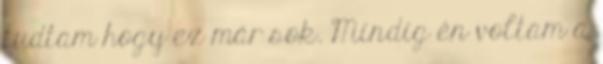
tudtam hogy ez már sok. Mindig én voltam a